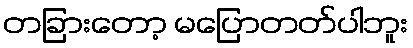
တခြားတော့ မပြောတတ်ပါဘူး